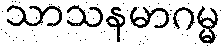
သာသနမာဂမ္မ